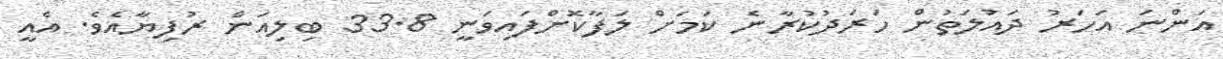
އަންނަ އަހަރު ދައުލަތުން ހަރަދުކުރާނެ ކަމަށް ލަފާކޮށްފައިވަނީ 33.8 ބިލިއަން ރުފިޔާއެވެ. އެއީ